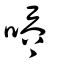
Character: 𠳒